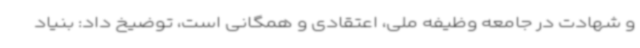
و شهادت در جامعه وظیفه ملی، اعتقادی و همگانی است، توضیخ داد: بنیاد